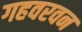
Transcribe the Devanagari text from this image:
गहवरवन